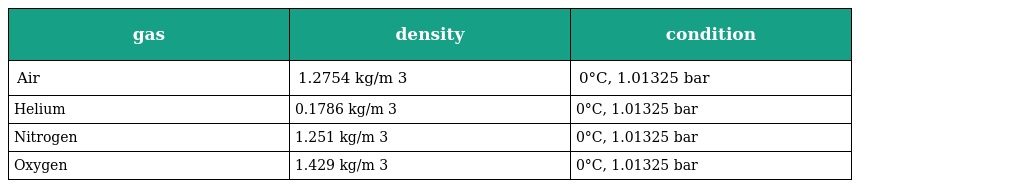
| gas | density | condition |
 | --- | --- | --- |
 | Air | 1.2754 kg/m 3 | 0°C, 1.01325 bar |
 | Helium | 0.1786 kg/m 3 | 0°C, 1.01325 bar |
 | Nitrogen | 1.251 kg/m 3 | 0°C, 1.01325 bar |
 | Oxygen | 1.429 kg/m 3 | 0°C, 1.01325 bar |